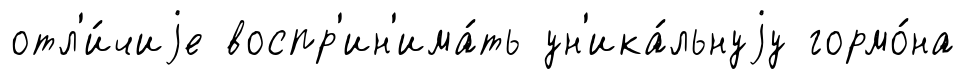
отл'и́чиjе воспр'ин'има́ть ун'ика́льнуjу гормо́на